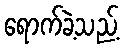
ရောက်ခဲ့သည့်